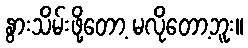
နွားသိမ်းဖို့တော့ မလိုတော့ဘူး။